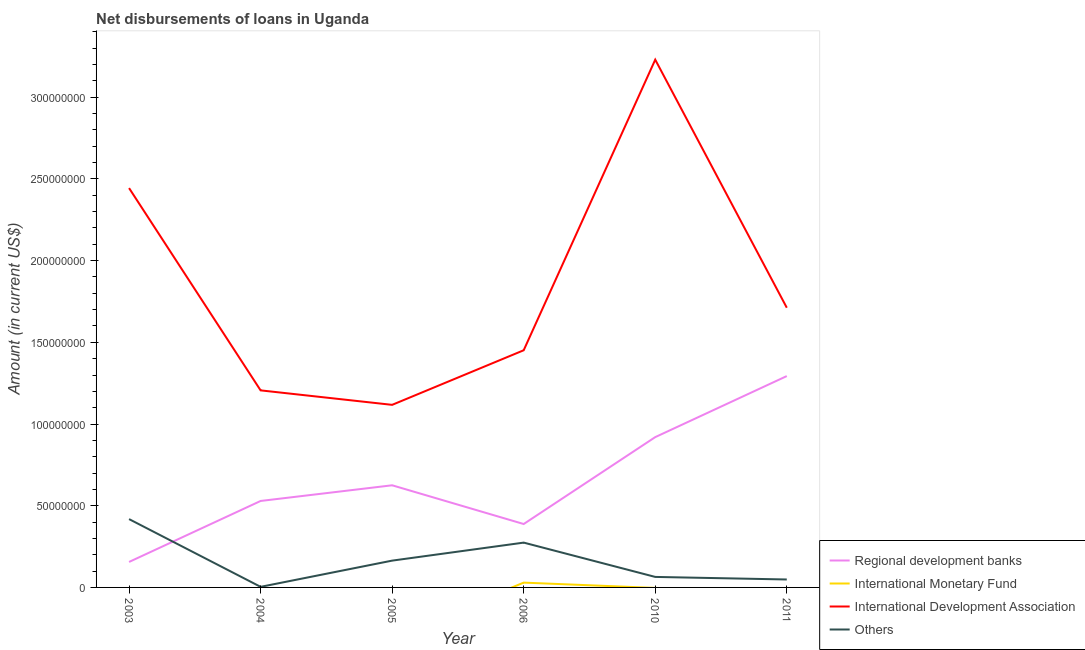
| Year | Regional development banks | International Monetary Fund | International Development Association | Others |
 | --- | --- | --- | --- | --- |
 | 2003 | 1.56e+07 | -1.91e+07 | 2.44e+08 | 4.18e+07 |
 | 2004 | 5.29e+07 | -2.62e+07 | 1.21e+08 | 3.56e+05 |
 | 2005 | 6.25e+07 | -3.02e+07 | 1.12e+08 | 1.64e+07 |
 | 2006 | 3.88e+07 | 2.94e+06 | 1.45e+08 | 2.74e+07 |
 | 2010 | 9.2e+07 | -3.05e+05 | 3.23e+08 | 6.43e+06 |
 | 2011 | 1.29e+08 | -1.58e+06 | 1.71e+08 | 4.86e+06 |